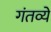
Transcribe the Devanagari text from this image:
गंतव्ये